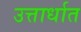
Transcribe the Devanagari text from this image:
उत्तार्धात